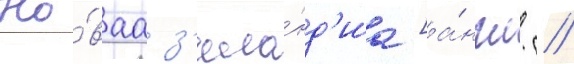
Но́ваа з'ела́нд'иа [а́нгл. //